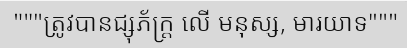
"""ត្រូវបានជ្សុភ័ក្ត្រ លើ មនុស្ស, មារយាទ"""